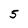
Character: 5